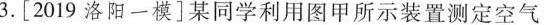
3.[2019洛阳一模]某同学利用图甲所示装置测定空气